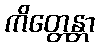
ကိတ္တေန္တာ